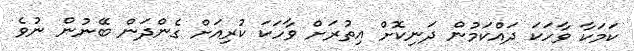
ކަމަކާ ވާހަކަ ދައްކަމުން ދަނިކޮށް އިތުރަށް ވާހަކަ ކުރިއަށް ގެންދަން ބޭނުން ނުވެ